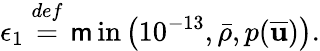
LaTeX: \epsilon_{1}\overset{def}{=}\operatorname*{\mathsf{m}in}\left(10^{-13},\bar{{\rho}},p(\overline{{{\mathbf{{u}}}}})\right).